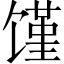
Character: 馑